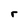
Character: r